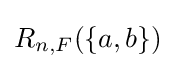
R_{n,F}(\{a,b\})